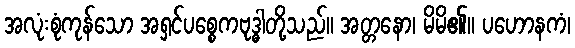
အလုံးစုံကုန်သော အရှင်ပစ္စေကဗုဒ္ဓါတို့သည်။ အတ္တနော၊ မိမိ၏။ ပဟောနကံ၊